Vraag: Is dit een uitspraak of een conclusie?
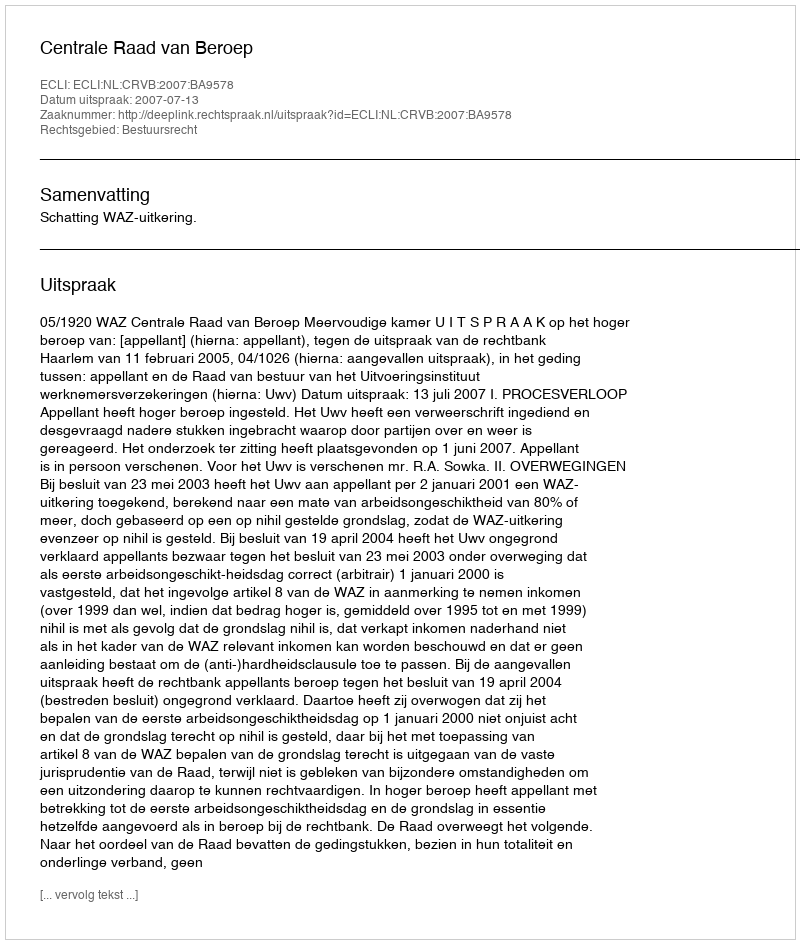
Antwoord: Uitspraak